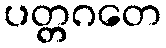
ပတ္တဂတေ